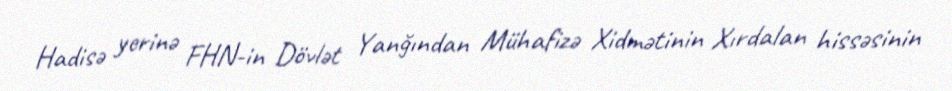
Hadisə yerinə FHN-in Dövlət Yanğından Mühafizə Xidmətinin Xırdalan hissəsinin